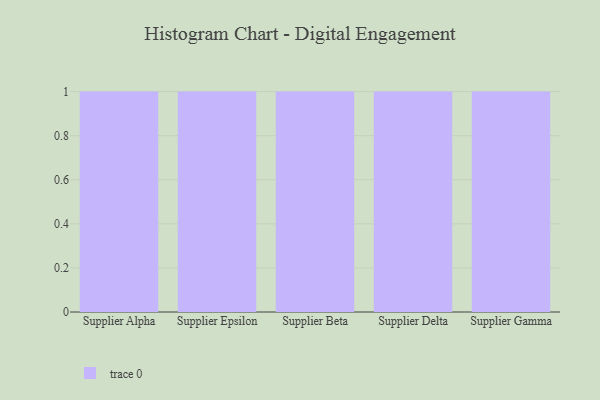
{"axis": {"x": "Supplier", "y": "Gross Profit (USD K)"}, "legend": [""], "data": [{"x": "Supplier Alpha", "y": 14, "type": ""}, {"x": "Supplier Epsilon", "y": 55, "type": ""}, {"x": "Supplier Beta", "y": 98, "type": ""}, {"x": "Supplier Delta", "y": 99, "type": ""}, {"x": "Supplier Gamma", "y": 48, "type": ""}]}